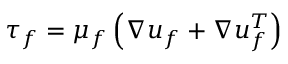
\boldsymbol { \tau } _ { f } = \mu _ { f } \left( \nabla \boldsymbol { u } _ { f } + \nabla \boldsymbol { u } _ { f } ^ { T } \right)